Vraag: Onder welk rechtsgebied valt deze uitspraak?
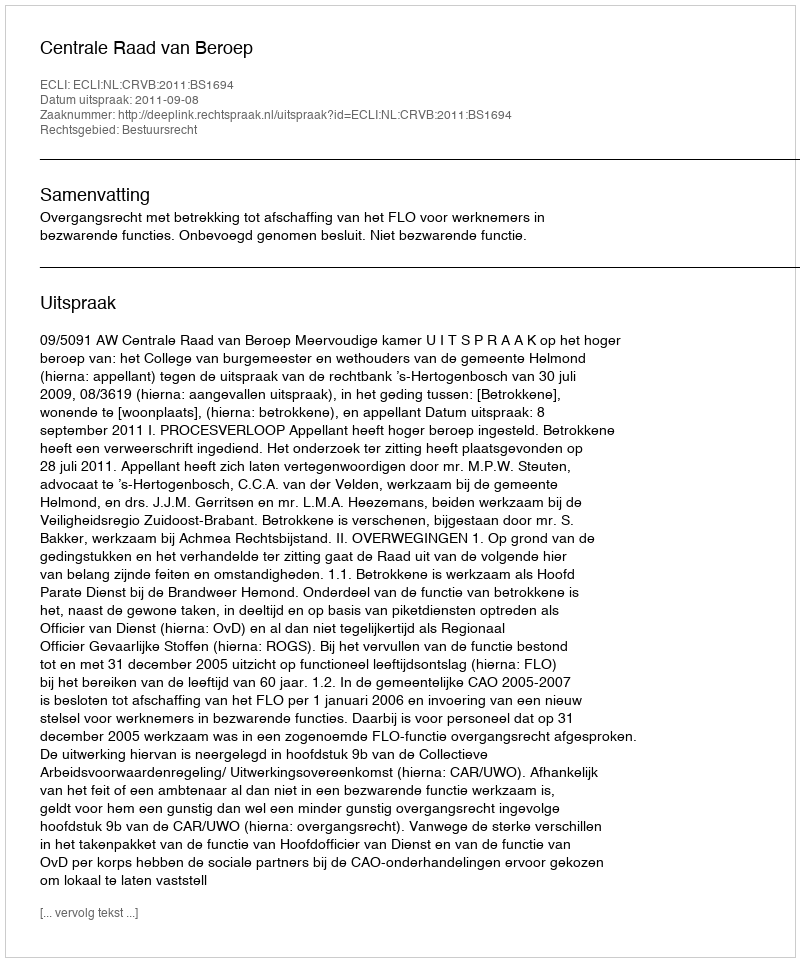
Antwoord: Bestuursrecht